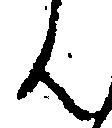
ん